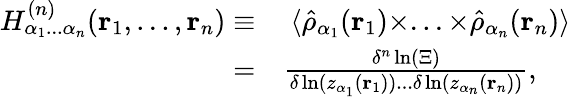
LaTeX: \begin{array}{rl}{H_{\alpha_{1}...\alpha_{n}}^{(n)}(\mathbf{r}_{1},...,\mathbf{r}_{n})\equiv}&{\ \langle\hat{\rho}_{\alpha_{1}}(\mathbf{r}_{1})\times...\times\hat{\rho}_{\alpha_{n}}(\mathbf{r}_{n})\rangle}\\ {=}&{\frac{\delta^{n}\ln(\Xi)}{\delta\ln(z_{\alpha_{1}}(\mathbf{r}_{1}))...\delta\ln(z_{\alpha_{n}}(\mathbf{r}_{n}))},}\end{array}